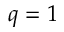
q = 1